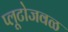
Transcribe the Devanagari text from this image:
प्लूटोजवळ